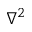
\nabla ^ { 2 }